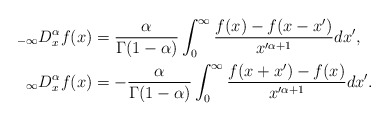
\begin{align*}_{-\infty}D_{x}^{\alpha}f(x) & =\frac{\alpha}{\Gamma(1-\alpha)}\int_{0}^{\infty}\frac{f(x)-f(x-x^{\prime})}{x^{\prime\alpha+1}}dx^{\prime},\\_{\infty}D_{x}^{\alpha}f(x) & =-\frac{\alpha}{\Gamma(1-\alpha)}\int_{0}^{\infty}\frac{f(x+x^{\prime})-f(x)}{x^{\prime\alpha+1}}dx^{\prime}.\end{align*}